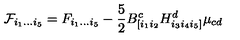
{ \cal F } _ { i _ { 1 } \dots i _ { 5 } } = F _ { i _ { 1 } \dots i _ { 5 } } - \frac { 5 } { 2 } B _ { [ i _ { 1 } i _ { 2 } } ^ { c } H _ { i _ { 3 } i _ { 4 } i _ { 5 } ] } ^ { d } \mu _ { c d }